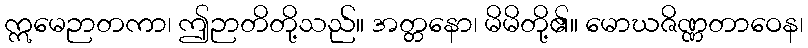
ဣမေဉာတကာ၊ ဤဉာတိတို့သည်။ အတ္တနော၊ မိမိတို့၏။ မောဃဇိဏ္ဏတာဝေန၊